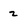
Character: 2